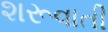
શરૂવાતી